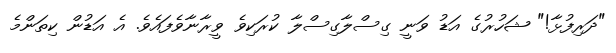
"ދަރިފުޅާ!" ޝަހުރުގެ އަޑު ވަނީ ގިސްލާގިސްލާ ކުރަކިވެ ވީރާނާވެފައެވެ. އެ އަޑުން ކިތަންމެ